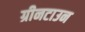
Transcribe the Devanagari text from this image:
ग्रीनटाउन